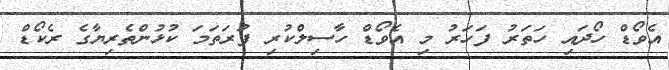
އެވޯޑް ހޯދައި ހަތަރު ފަހަރު މި އެވޯޑް ހާސިލްކުރި ފުރަތަމަ ކުޅުންތެރިޔާގެ ރެކޯޑް